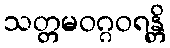
သတ္တမဝဂ္ဂဝရန္တိ